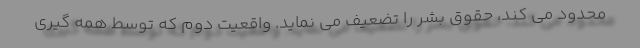
محدود می کند، حقوق بشر را تضعیف می نماید. واقعیت دوم که توسط همه گیری